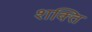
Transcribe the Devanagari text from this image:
श्‍ाक्‍ित